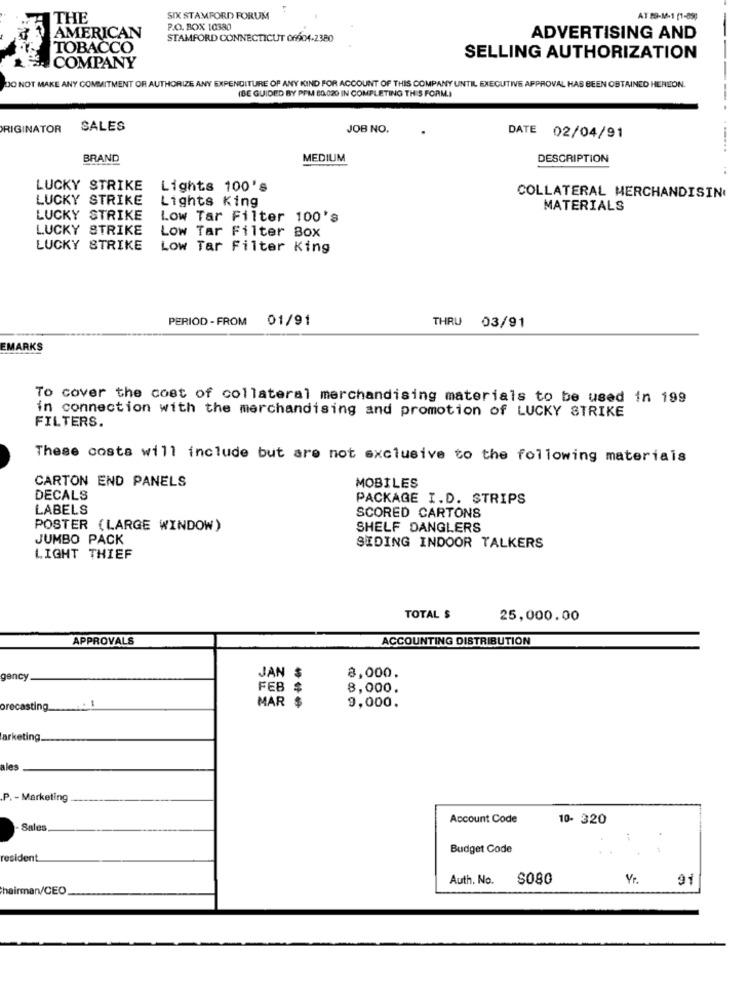
THE
SIX STAMFORD FORUM
AT 19-1-1 (1-059
P.O. BOX 10380
AMERICAN
STAMFORD CONNECTICUT 06604-2380
ADVERTISING AND
TOBACCO
COMPANY
SELLING AUTHORIZATION
DO NOT MAKE ANY COMMITMENT OR AUTHORIZE ANY EXPENDITURE OF ANY KIND FOR ACCOUNT OF THIS COMPANY UNTIL EXECUTIVE APPROVAL HAS BEEN OBTAINED HEREON.
(BE GUIDED BY PPM 80,020 IN COMPLETING THIS FORM.)
ORIGINATOR
SALES
JOB NO.
DATE 02/04/91
BRAND
MEDIUM
DESCRIPTION
LUCKY STRIKE
Lights 100's
LUCKY STRIKE
Lights King
COLLATERAL MERCHANDISING
MATERIALS
LUCKY STRIKE
Low Tar Filter 100's
LUCKY STRIKE
Low Tar Filter Box
LUCKY STRIKE
Low Tar Filter King
PERIOD -FROM 01/91
THRU 03/91
EMARKS
To cover the cost of collateral merchandising materials to be used in 199
in connection with the merchandising and promotion of LUCKY STRIKE
FILTERS.
These costs will include but are not exclusive to the following materiais
CARTON END PANELS
MOBILES
DECALS
PACKAGE I.D. STRIPS
LABELS
SCORED CARTONS
POSTER (LARGE WINDOW)
SHELF DANGLERS
JUMBO PACK
SIDING INDOOR TALKERS
LIGHT THIEF
TOTAL $
25,000.00
APPROVALS
ACCOUNTING DISTRIBUTION
gency
JAN $
8,000.
FEB $
8,000.
orecasting
MAR $
9,000.
arketing.
ales
P. - Marketing
Account Code
10- 320
Sales
Budget Code
resident
Auth. No.
SOS0
Vr.
91
hairman/CEO